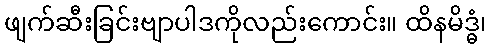
ဖျက်ဆီးခြင်းဗျာပါဒကိုလည်းကောင်း။ ထိနမိဒ္ဓံ၊